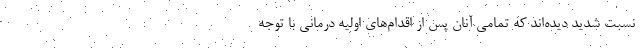
نسبت شدید دیده‌اند که تمامی آنان پس از اقدام‌های اولیه درمانی با توجه